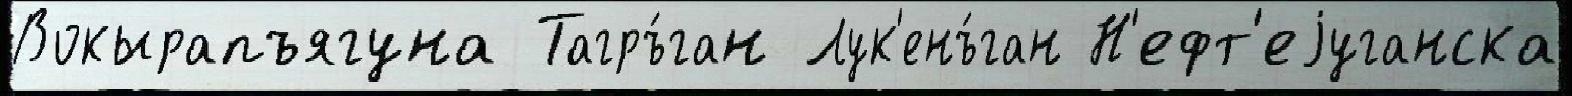
Вокырапъягуна Тагръ́ган Лук'енъ́ган Н'ефт'еjуганска